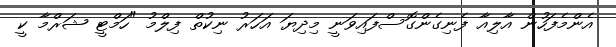
އެންމެފަހުން އާލިއާ ފެނިގެންގޮސްފައިވަނީ މިދިޔަ އަހަރު ނިކުތް ފިލްމު "ހަމްޓީ ޝަރްމާ ކީ